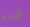
نجده